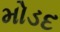
મોડદ